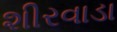
શીરવાડા